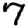
Digit: 7